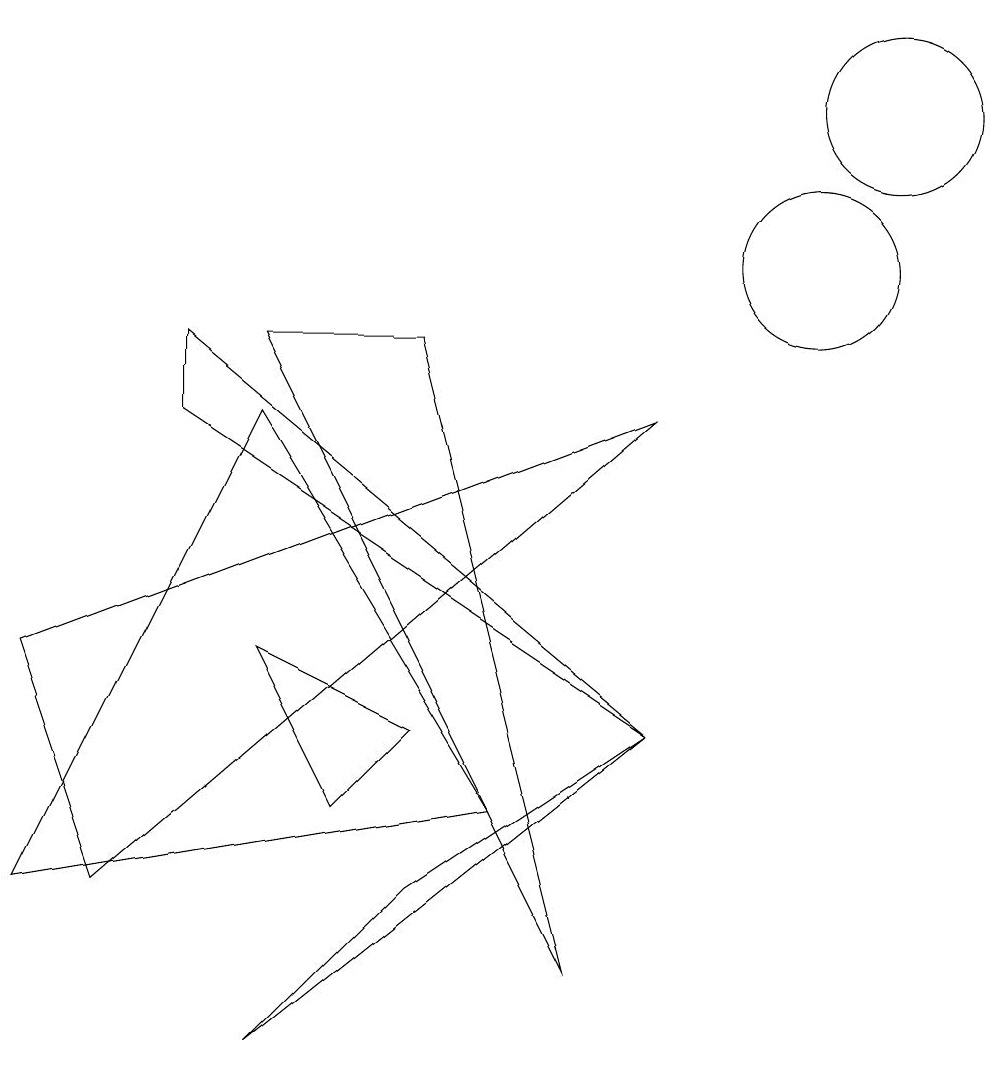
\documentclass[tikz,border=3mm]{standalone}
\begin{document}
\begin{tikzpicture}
\draw (0,2) -- (3,8) -- (6,3) -- cycle;
\draw (8,4) -- (2,9) -- (2,8) -- cycle;
\draw (11,12) circle (1);
\draw (4,3) -- (3,5) -- (5,4) -- cycle;
\draw (5,9) -- (7,1) -- (3,9) -- cycle;
\draw (3,0) -- (5,2) -- (8,4) -- cycle;
\draw (8,8) -- (0,5) -- (1,2) -- cycle;
\draw (10,10) circle (1);
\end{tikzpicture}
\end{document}